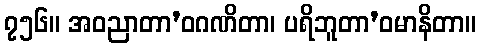
၇၅၆။ အဝညာတာ’ဝဂဏိတာ၊ ပရိဘူတာ’ဝမာနိတာ။